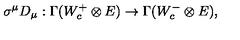
\sigma ^ { \mu } D _ { \mu } : \Gamma ( W _ { c } ^ { + } \otimes E ) \to \Gamma ( W _ { c } ^ { - } \otimes E ) ,